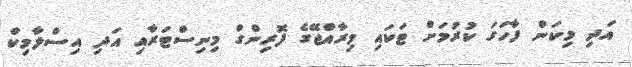
އަދި މިކަން ފާހަގަ ކުރުމަށް ޓަކައި މިރާއްޖޭގެ ފޮރިންގް މިނިސްޓަރާއި އަދި އިސްލާމިކް